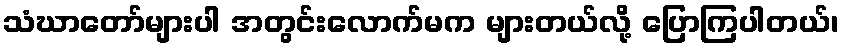
သံဃာတော်များပါ အတွင်းလောက်မက များတယ်လို့ ပြောကြပါတယ်၊